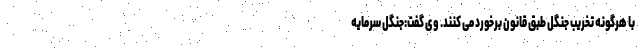
با هرگونه تخریب جنگل طبق قانون برخورد می کنند. وی گفت:جنگل سرمایه